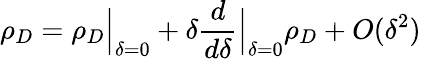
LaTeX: \rho_{D}=\rho_{D}\Big\vert_{\delta=0}+\delta\frac{d}{d\delta}\Big\vert_{\delta=0}\rho_{D}+O(\delta^{2})